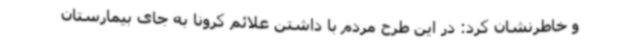
و خاطرنشان کرد: در این طرح مردم با داشتن علائم کرونا به جای بیمارستان